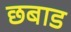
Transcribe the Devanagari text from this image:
छबाड